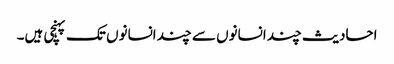
احادیث چند انسانوں سے چند انسانوں تک پہنچی ہیں۔